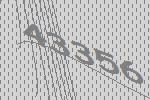
43356